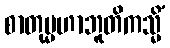
စာတုမ္မဟာဘူတိကသ္မိံ